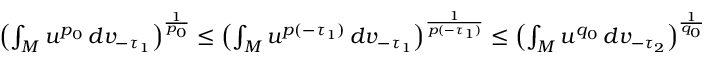
\begin{array} { r } { \left( \int _ { M } u ^ { p _ { 0 } } \, d v _ { - \tau _ { 1 } } \right) ^ { \frac { 1 } { p _ { 0 } } } \le \left( \int _ { M } u ^ { p ( - \tau _ { 1 } ) } \, d v _ { - \tau _ { 1 } } \right) ^ { \frac { 1 } { p ( - \tau _ { 1 } ) } } \le \left( \int _ { M } u ^ { q _ { 0 } } \, d v _ { - \tau _ { 2 } } \right) ^ { \frac { 1 } { q _ { 0 } } } } \end{array}